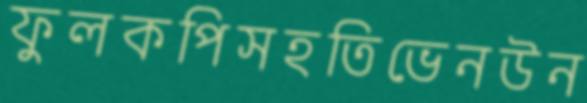
ফুলকপিসহতিভেনউন